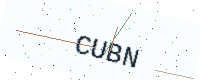
Text: CUBN